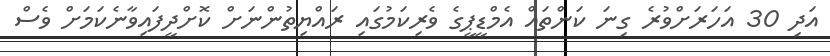
އަދި 30 އަހަރަށްވުރެ ގިނަ ކަންތައް އެމްޑީޕީގެ ވެރިކަމުގައި ރައްޔިތުންނަށް ކޮށްދީފައިވާނެކަމަށް ވެސް